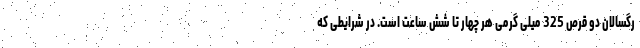
رگسالان دو قرص 325 میلی گرمی هر چهار تا شش ساعت است. در شرایطی که